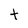
Character: t